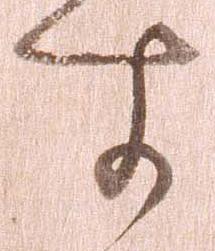
す